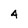
Character: 4